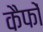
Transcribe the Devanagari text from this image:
कैफों